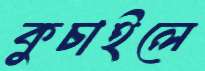
কুচাইলে